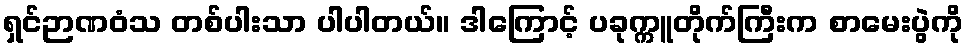
ရှင်ဉာဏဝံသ တစ်ပါးသာ ပါပါတယ်။ ဒါကြောင့် ပခုက္ကူတိုက်ကြီးက စာမေးပွဲကို